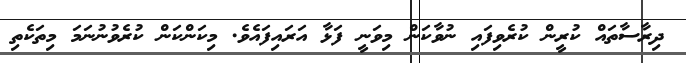
ދިރާސާތައް ކުރީން ކުރެވިފައި ނުވާކަން މިވަނީ ފަޅާ އަރައިފައެވެ. މިކަންކަން ކުރެވުނުނަމަ މިތަކެތި